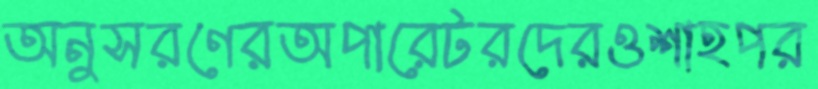
অনুসরণেরঅপারেটরদেরওশাহপর